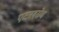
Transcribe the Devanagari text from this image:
एटनबरोघ